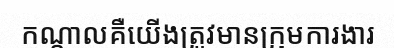
កណ្តាលគឺយើងត្រូវមានក្រុមការងារ